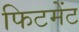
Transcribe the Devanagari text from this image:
फिटमेंट